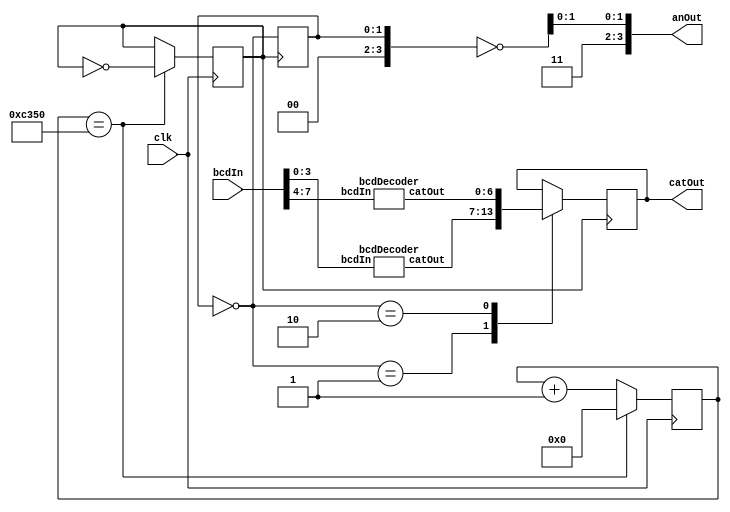
`timescale 1ns / 1ps
//////////////////////////////////////////////////////////////////////////////////
// Company: 
// Engineer: 
// 
// Design Name: 
// Module Name: seven_seg_controller
// Project Name: 
// Target Devices: 
// Tool Versions: 
// Description: 
// 
// Dependencies: 
// 
// Revision:
// Revision 0.01 - File Created
// Additional Comments:
// 
//////////////////////////////////////////////////////////////////////////////////


module seven_seg_controller(
 input [7:0] bcdIn,
    input clk,
    output [6:0]catOut,
    output [3:0]anOut
    );
    assign anOut[3:2] = 2'b11;
    
    wire [6:0]catOutOnes, catOutTens;
    bcdDecoder dcdOnes(
        .bcdIn(bcdIn[3:0]),
        .catOut(catOutOnes));
    
    bcdDecoder dcdTens(
        .bcdIn(bcdIn[7:4]),
        .catOut(catOutTens));


    reg divclk;
    reg [23:0] counter;
    always @(posedge clk)
        begin
            if (counter == 24'd50000) begin
                divclk <= ~divclk;
                counter <= 24'd0;
            end
            else begin
                divclk <= divclk;
                counter <= counter + 1'd1;
        end
    end
    
    reg [1:0] anDriver = 2'b01;
    reg [6:0] tempCat;
    always @ (posedge divclk) begin
        anDriver = ~anDriver;
        
        case (anDriver)
            2'b01: tempCat = catOutOnes;
            2'b10: tempCat = catOutTens;
        endcase
    end
    
    assign catOut = tempCat;
    assign anOut = ~anDriver;
endmodule

module bcdDecoder(
    input [3:0] bcdIn,
    output reg [6:0] catOut);
    
    always @ (bcdIn) begin
        case (bcdIn)
            4'b0000: catOut = 7'b1000000;
            4'b0001: catOut = 7'b1111001;
            4'b0010: catOut = 7'b0100100;
            4'b0011: catOut = 7'b0110000;
            4'b0100: catOut = 7'b0011001;
            4'b0101: catOut = 7'b0010010;
            4'b0110: catOut = 7'b0000010;
            4'b0111: catOut = 7'b1111000;
            4'b1000: catOut = 7'b0000000;
            4'b1001: catOut = 7'b0010000;
            4'b1010: catOut = 7'b0001000;
            4'b1011: catOut = 7'b0000011;
            4'b1100: catOut = 7'b1000110;
            4'b1101: catOut = 7'b0100001;
            4'b1110: catOut = 7'b0000110;
            4'b1111: catOut = 7'b0001110;
        endcase
    end
        
endmodule